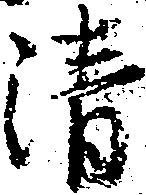
清